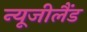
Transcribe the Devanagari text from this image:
न्‍यूजीलैंड